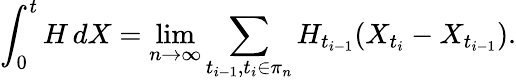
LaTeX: \int_{0}^{t}H\, dX=\operatorname*{lim}_{n\rightarrow\infty}\sum_{t_{i-1},t_{i}\in\pi_{n}}H_{t_{i-1}}(X_{t_{i}}-X_{t_{i-1}}).